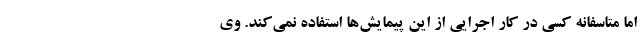
اما متاسفانه کسی در کار اجرایی از این پیمایش‌ها استفاده نمی‌کند. وی